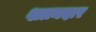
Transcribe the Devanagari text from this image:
शाानदार